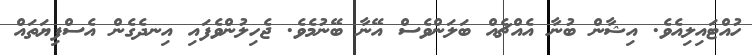
ހުއްޓައިލިއެވެ. އިޝާން ބުނާ އެއްޗެއް ބަލަންވެސް އޭނާ ބޭނުމެވެ. ޖެހިލުންވެފައި އިނދެގެން އެސްފިޔަތައް